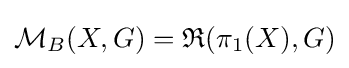
{\mathcal {M}}_{B}(X,G)={\mathfrak {R}}(\pi _{1}(X),G)